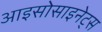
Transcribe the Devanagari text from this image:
आइसोसाइनेट्स